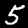
Digit: 5